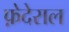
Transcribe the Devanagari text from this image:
फ़ेदेराल